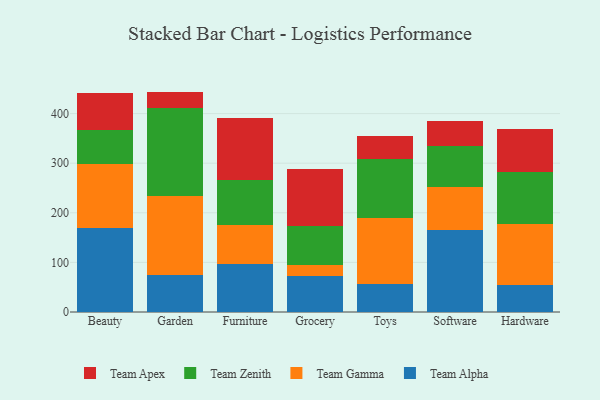
{"axis": {"x": "Category", "y": "Energy Usage (MWh)"}, "legend": ["Team Alpha", "Team Apex", "Team Gamma", "Team Zenith"], "data": [{"x": "Beauty", "y": 170.1, "type": "Team Alpha"}, {"x": "Beauty", "y": 128.4, "type": "Team Gamma"}, {"x": "Beauty", "y": 67.7, "type": "Team Zenith"}, {"x": "Beauty", "y": 75.3, "type": "Team Apex"}, {"x": "Garden", "y": 74.7, "type": "Team Alpha"}, {"x": "Garden", "y": 158.2, "type": "Team Gamma"}, {"x": "Garden", "y": 178.6, "type": "Team Zenith"}, {"x": "Garden", "y": 32.8, "type": "Team Apex"}, {"x": "Furniture", "y": 96.8, "type": "Team Alpha"}, {"x": "Furniture", "y": 78.2, "type": "Team Gamma"}, {"x": "Furniture", "y": 91.0, "type": "Team Zenith"}, {"x": "Furniture", "y": 125.4, "type": "Team Apex"}, {"x": "Grocery", "y": 73.4, "type": "Team Alpha"}, {"x": "Grocery", "y": 22.2, "type": "Team Gamma"}, {"x": "Grocery", "y": 77.4, "type": "Team Zenith"}, {"x": "Grocery", "y": 115.6, "type": "Team Apex"}, {"x": "Toys", "y": 57.2, "type": "Team Alpha"}, {"x": "Toys", "y": 133.0, "type": "Team Gamma"}, {"x": "Toys", "y": 117.9, "type": "Team Zenith"}, {"x": "Toys", "y": 46.0, "type": "Team Apex"}, {"x": "Software", "y": 164.8, "type": "Team Alpha"}, {"x": "Software", "y": 87.7, "type": "Team Gamma"}, {"x": "Software", "y": 83.0, "type": "Team Zenith"}, {"x": "Software", "y": 50.1, "type": "Team Apex"}, {"x": "Hardware", "y": 53.8, "type": "Team Alpha"}, {"x": "Hardware", "y": 124.5, "type": "Team Gamma"}, {"x": "Hardware", "y": 104.6, "type": "Team Zenith"}, {"x": "Hardware", "y": 87.0, "type": "Team Apex"}]}